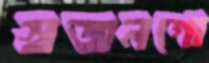
স্বজনগো